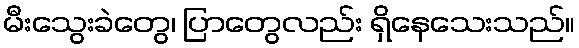
မီးသွေးခဲတွေ၊ ပြာတွေလည်း ရှိနေသေးသည်။